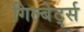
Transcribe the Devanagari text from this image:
गिल्बेर्ट्स